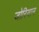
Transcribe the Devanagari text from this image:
जोरियान